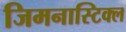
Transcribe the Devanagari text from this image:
जिमनास्टिक्ल